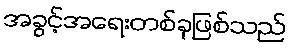
အခွင့်အရေးတစ်ခုဖြစ်သည်